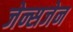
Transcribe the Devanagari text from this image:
जेन्सजेन